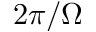
2 \pi / \Omega